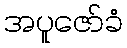
အပူဇော်ခံ